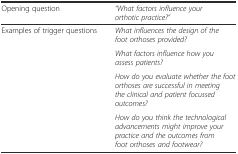
| Opening question | “What factors influence your orthotic practice?” |
 | --- | --- |
 | <ROWSPAN=4> Examples of trigger questions | What influences the design of the foot orthoses provided? |
 | What factors influence how you assess patients? |
 | How do you evaluate whether the foot orthoses are successful in meeting the clinical and patient focussed outcomes? |
 | How do you think the technological advancements might improve your practice and the outcomes from foot orthoses and footwear? |